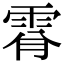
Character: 𩂪